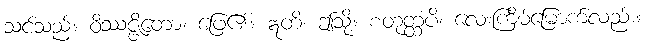
သင်သည်။ ဝိဿဇ္ဇိတော၊ ဖြေ၏။ ဣတိ၊ ဤသို့။ စတုတ္ထံပိ၊ လေးကြိမ်မြောက်လည်း။